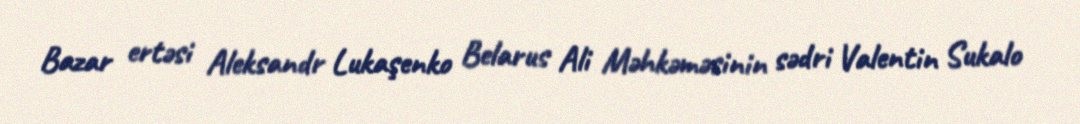
Bazar ertəsi Aleksandr Lukaşenko Belarus Ali Məhkəməsinin sədri Valentin Sukalo